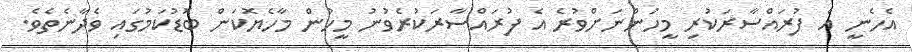
އެހެނީ އެ ފުރައްސާރަކުރި މީހުންނަށްވުރެ އެ ފުރައްސާރަކުރެވުނު މީހުން މާހެޔޮކަން ބޮޑުކަމުގައި ވެދާނެތެވެ.